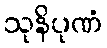
သုနိပုဏံ